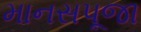
માનસપૂજા